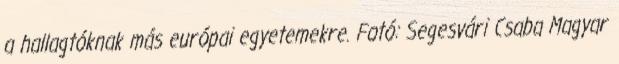
a hallagtóknak más európai egyetemekre. Fotó: Segesvári Csaba Magyar